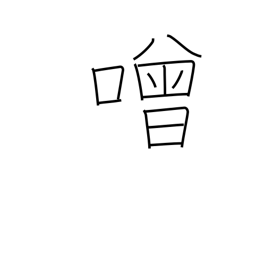
Meaning: boisterous